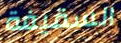
السقيفة